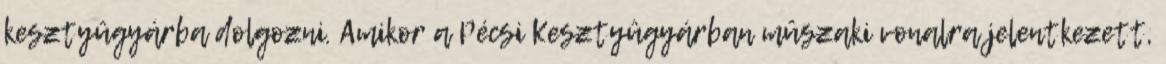
kesztyûgyárba dolgozni. Amikor a Pécsi Kesztyûgyárban mûszaki vonalra jelentkezett,